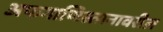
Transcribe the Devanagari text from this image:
अफगाणिस्तानावरील